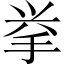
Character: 挙